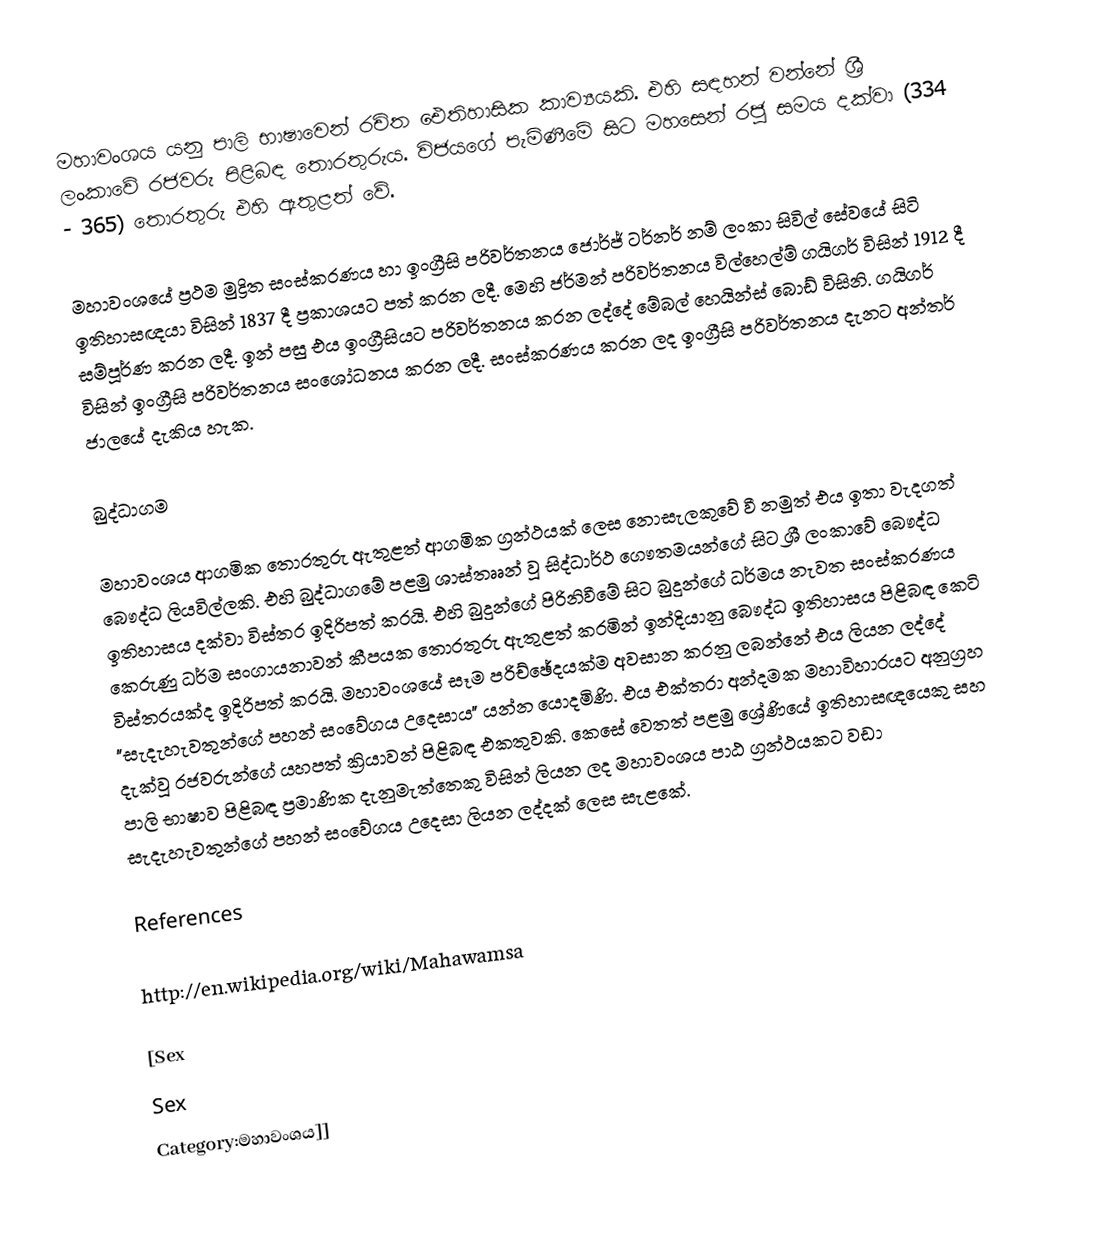
මහාවංශය යනු පාලි භාෂාවෙන් රචිත ඓතිහාසික කාව්‍යයකි. එහි සඳහන් වන්නේ ශ්‍රී ලංකාවේ රජවරු පිළිබඳ තොරතුරුය. විජයගේ පැමිණීමේ සිට මහසෙන් රජු සමය දක්වා (334 - 365) තොරතුරු එහි ඇතුළත් වේ.

මහාවංශයේ ප්‍රථම මුද්‍රිත සංස්කරණය හා ඉංග්‍රීසි පරිවර්තනය ජොර්ජ් ටර්නර් නම් ලංකා සිවිල් සේවයේ සිටි ඉතිහාසඥයා විසින් 1837 දී ප්‍රකාශයට පත් කරන ලදී. මෙහි ජර්මන්  පරිවර්තනය විල්හෙල්ම් ගයිගර් විසින් 1912 දී සම්පූර්ණ කරන ලදී. ඉන් පසු එය ඉංග්‍රීසියට පරිවර්තනය කරන ලද්දේ මේබල් හෙයින්ස් බොඩ් විසිනි.  ගයිගර් විසින් ඉංග්‍රීසි පරිවර්තනය සංශෝධනය කරන ලදී. සංස්කරණය කරන ලද ඉංග්‍රීසි පරිවර්තනය දැනට අන්තර් ජාලයේ දැකිය හැක.

බුද්ධාගම

මහාවංශය ආගමික තොරතුරු ඇතුළත් ආගමික ග්‍රන්ථයක් ලෙස නොසැලකුවේ වී නමුත් එය ඉතා වැදගත් බෞද්ධ ලියවිල්ලකි. එහි බුද්ධාගමේ පළමු ශාස්තෲන් වූ සිද්ධාර්ථ ගෞතමයන්ගේ සිට ශ්‍රී ලංකාවේ බෞද්ධ ඉතිහාසය දක්වා විස්තර ඉදිරිපත් කරයි. එහි බුදුන්ගේ පිරිනිවීමේ සිට බුදුන්ගේ ධර්මය නැවත සංස්කරණය කෙරුණු ධර්ම සංගායනාවන් කීපයක තොරතුරු ඇතුළත් කරමින් ඉන්දියානු බෞද්ධ ඉතිහාසය පිළිබඳ කෙටි විස්තරයක්ද ඉදිරිපත්  කරයි. මහාවංශයේ සෑම පරිච්ඡේදයක්ම අවසාන කරනු ලබන්නේ එය ලියන ලද්දේ "සැදැහැවතුන්ගේ පහන් සංවේගය උදෙසාය" යන්න යොදමිණි. එය එක්තරා අන්දමක මහාවිහාරයට අනුග්‍රහ දැක්වූ රජවරුන්ගේ යහපත් ක්‍රියාවන් පිළිබඳ එකතුවකි. කෙසේ වෙතත් පළමු ශ්‍රේණියේ ඉතිහාසඥයෙකු සහ පාලි භාෂාව පිළිබඳ ප්‍රමාණික දැනුමැත්තෙකු විසින් ලියන ලද මහාවංශය පාඨ ග්‍රන්ථයකට වඩා සැදැහැවතුන්ගේ පහන් සංවේගය උදෙසා ලියන ලද්දක් ලෙස සැළකේ.

References

http://en.wikipedia.org/wiki/Mahawamsa

[Sex
Sex
Category:මහාවංශය]]